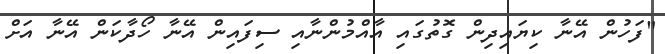
"ފަހުން އޭނާ ކިޔައިދިން ގޮތުގައި އާއްމުންނާއި ސިފައިން އޭނާ ހޯދާކަން އޭނާ އަށް